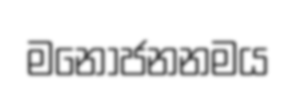
මනෝජනනමය